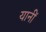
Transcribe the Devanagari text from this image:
यानीं